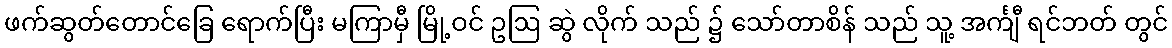
ဖက်ဆွတ်တောင်ခြေ ရောက်ပြီး မကြာမှီ မြို့ဝင် ဥဩ ဆွဲ လိုက် သည် ၌ သော်တာစိန် သည် သူ့ အင်္ကျီ ရင်ဘတ် တွင်